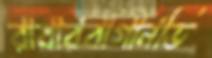
রাবারবাগানভি